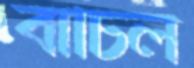
বাঁচিল